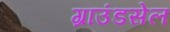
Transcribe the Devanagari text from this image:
ग्राउंडसेल